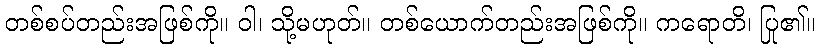
တစ်စပ်တည်းအဖြစ်ကို။ ဝါ၊ သို့မဟုတ်။ တစ်ယောက်တည်းအဖြစ်ကို။ ကရောတိ၊ ပြု၏။